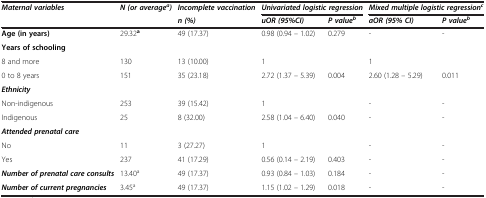
| Maternal variables | N (or averagea) | Incomplete vaccination | <COLSPAN=2> Univariated logistic regression | <COLSPAN=2> Mixed multiple logistic regressionc |
 |  |  | n (%) | uOR (95%CI) | P valueb | aOR (95% CI) | P valueb |
 | --- | --- | --- | --- | --- | --- | --- |
 | Age (in years) | 29.32a | 49 (17.37) | 0.98 (0.94 – 1.02) | 0.279 | - | - |
 | Years of schooling |  |  |  |  |  |  |
 | 8 and more | 130 | 13 (10.00) | 1 |  | 1 |  |
 | 0 to 8 years | 151 | 35 (23.18) | 2.72 (1.37 – 5.39) | 0.004 | 2.60 (1.28 – 5.29) | 0.011 |
 | Ethnicity |  |  |  |  |  |  |
 | Non-indigenous | 253 | 39 (15.42) | 1 |  | - | - |
 | Indigenous | 25 | 8 (32.00) | 2.58 (1.04 – 6.40) | 0.040 | - | - |
 | Attended prenatal care |  |  |  |  |  |  |
 | No | 11 | 3 (27.27) | 1 |  | - | - |
 | Yes | 237 | 41 (17.29) | 0.56 (0.14 – 2.19) | 0.403 | - | - |
 | Number of prenatal care consults | 13.40a | 49 (17.37) | 0.93 (0.84 – 1.03) | 0.184 | - | - |
 | Number of current pregnancies | 3.45a | 49 (17.37) | 1.15 (1.02 – 1.29) | 0.018 | - | - |